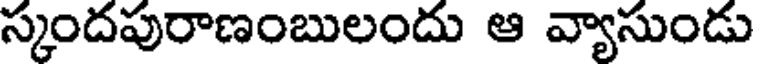
స్కందపురాణంబులందు ఆ వ్యాసుండు